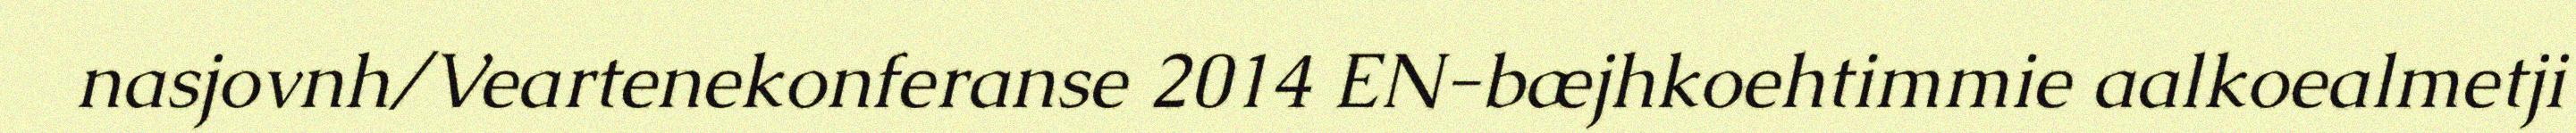
nasjovnh/Veartenekonferanse 2014 EN-bæjhkoehtimmie aalkoealmetji